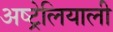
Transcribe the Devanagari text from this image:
अष्ट्रेलियाली